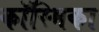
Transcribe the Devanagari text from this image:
कॉस्मिका